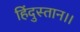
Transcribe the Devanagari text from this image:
हिंदुस्तान।।